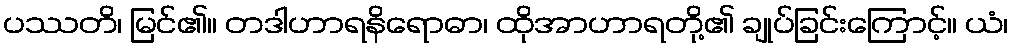
ပဿတိ၊ မြင်၏။ တဒါဟာရနိရောဓာ၊ ထိုအာဟာရတို့၏ ချုပ်ခြင်းကြောင့်။ ယံ၊